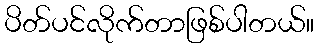
ပိတ်ပင်လိုက်တာဖြစ်ပါတယ်။